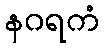
နဂရကံ